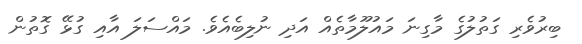
ބިރުވެރި ގަތުލުގެ މާގިނަ މައުލޫމާތެއް އަދި ނުލިބެއެވެ. މައްސަލަ އާއި ގުޅޭ ގޮތުން